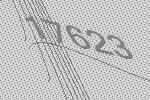
17623